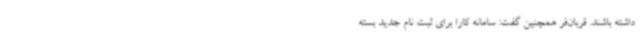
داشته باشند. قربان‌فر همچنین گفت: سامانه کارا برای ثبت نام جدید بسته